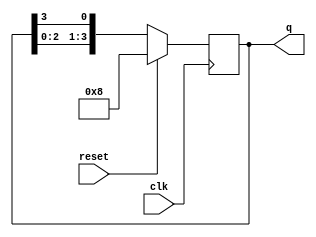
module ring_counter (
    input wire clk,      // Clock input
    input wire reset,    // Synchronous reset input
    output reg [3:0] q   // 4-bit output representing the state of the counter
);

// Sequential logic for the ring counter
always @(posedge clk) begin
    if (reset) begin
        q <= 4'b1000; // Initialize to 1000 on reset
    end else begin
        // Shift the '1' to the next position
        q <= {q[2:0], q[3]}; // Shift the bits to the right
    end
end

endmodule